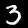
Label: 3